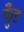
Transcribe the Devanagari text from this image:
कुँड